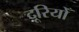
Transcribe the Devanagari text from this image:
दूरियोँ